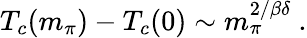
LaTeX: T_{c}(m_{\pi})-T_{c}(0)\sim m_{\pi}^{2/\beta\delta}~.